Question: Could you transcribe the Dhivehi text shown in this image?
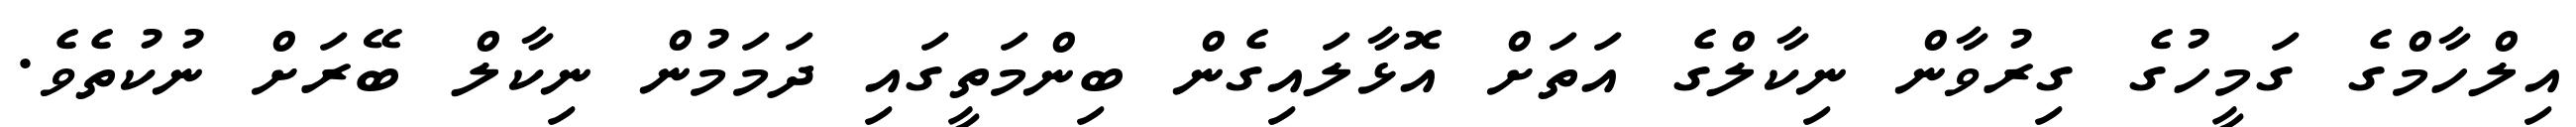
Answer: އިލްހާމްގެ ގަމީހުގެ ގިރުވާން ނިކާލްގެ އަތަށް އޮޅާލައިގެން ބިންމަތީގައި ދަމަމުން ނިކާލް ބޭރަށް ނުކުތެވެ.